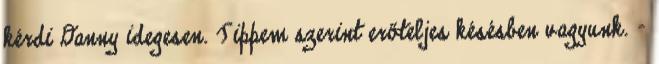
kérdi Danny idegesen. Tippem szerint erőteljes késésben vagyunk. -